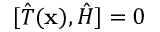
[ { \hat { T } } ( \mathbf { x } ) , { \hat { H } } ] = 0